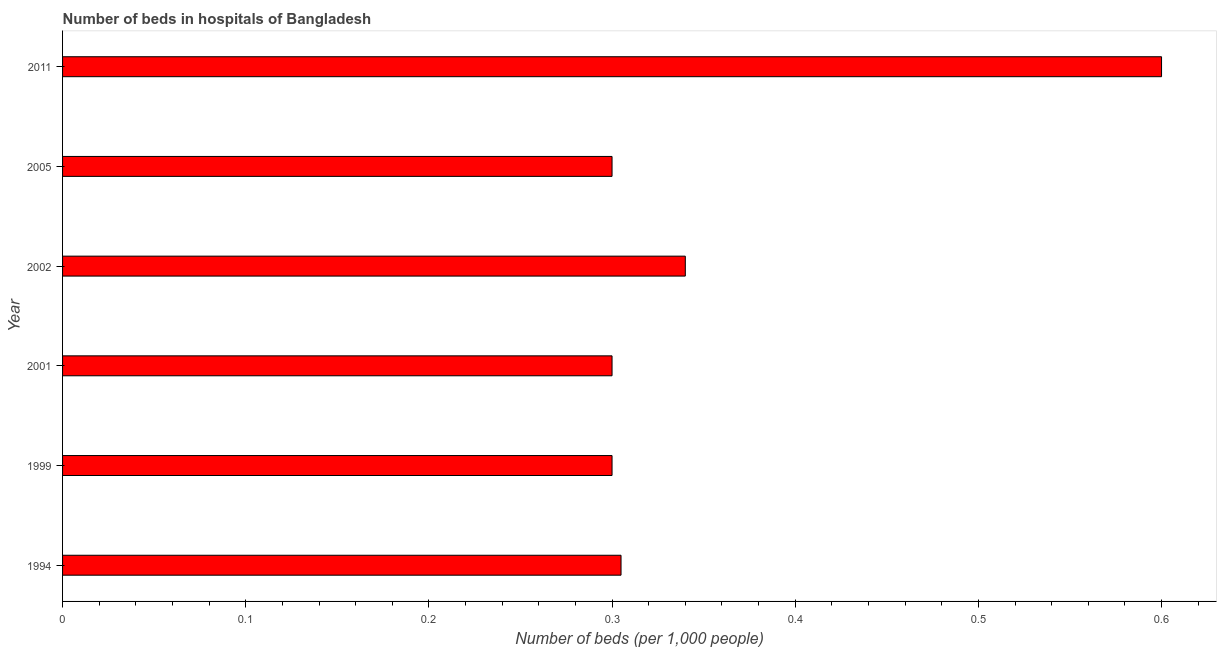
| Year | Hospital beds |
 | --- | --- |
 | 1994 | 0.305 |
 | 1999 | 0.3 |
 | 2001 | 0.3 |
 | 2002 | 0.34 |
 | 2005 | 0.3 |
 | 2011 | 0.6 |